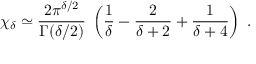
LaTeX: \chi _ { \delta } \simeq \frac { 2 \pi ^ { \delta / 2 } } { \Gamma ( \delta / 2 ) } \; \left( \frac { 1 } { \delta } - \frac { 2 } { \delta + 2 } + \frac { 1 } { \delta + 4 } \right) \; .